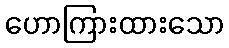
ဟောကြားထားသော